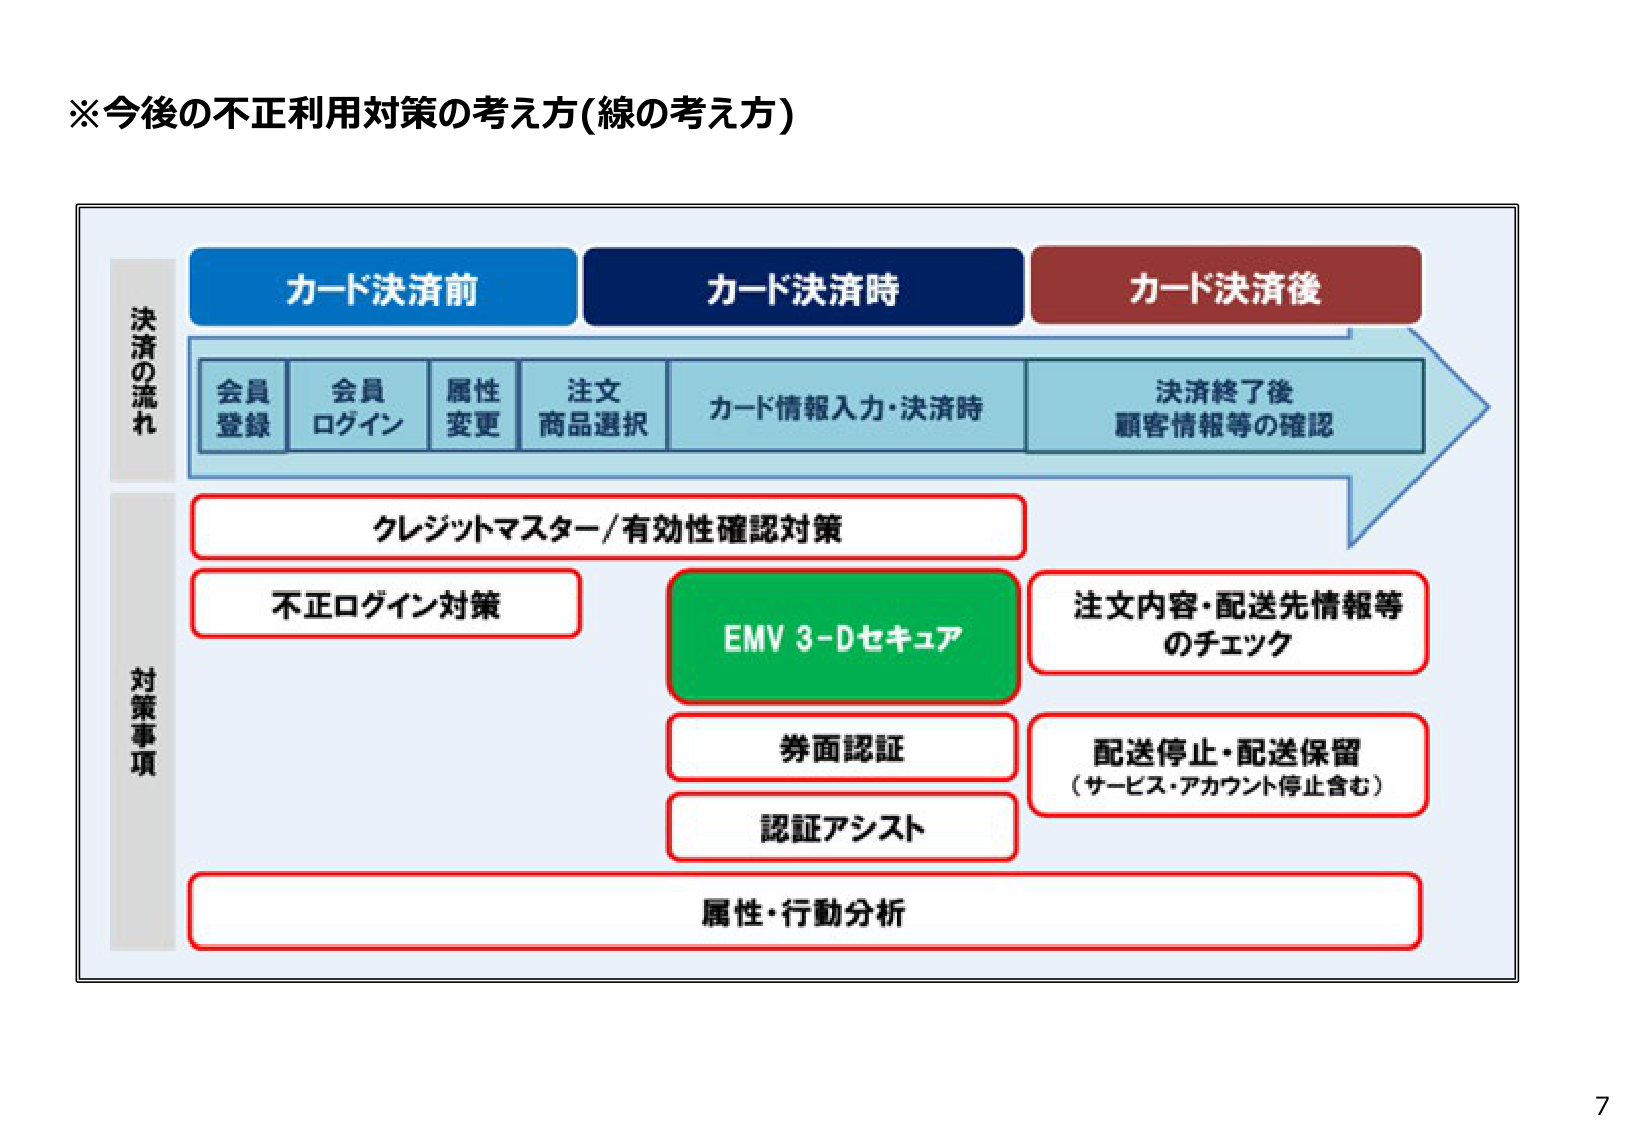
※今後の不正利用対策の考え方（線の考え方）

決済の流れ
カード決済前
カード決済時
カード決済後

会員登録
会員ログイン
属性変更
注文商品選択
カード情報入力・決済時
決済終了後 顧客情報等の確認

対策事項
クレジットマスター/有効性確認対策
不正ログイン対策
EMV 3-Dセキュア
注文内容・配送先情報等 のチェック
券面認証
配送停止・配送保留 （サービス・アカウント停止含む）
認証アシスト
属性・行動分析

7